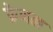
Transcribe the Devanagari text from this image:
फ्रेनल